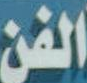
الفن